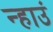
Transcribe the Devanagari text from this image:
न्हाउं